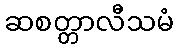
ဆစတ္တာလီသမံ